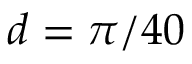
d = \pi / 4 0